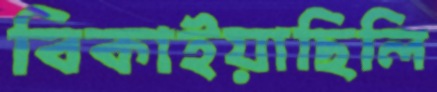
বিকাইয়াছিলি